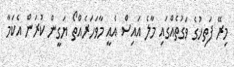
މިރޭ ފަތިހުގެ ވަގުތެއްގައި މާލެ އައިސް އެއީ މާވަހަރެއްތޯ ޔަގީން ކުރަން އެކަމާ